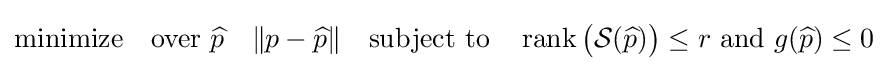
{\text{minimize}}\quad {\text{over }}{\widehat {p}}\quad \|p-{\widehat {p}}\|\quad {\text{subject to}}\quad \operatorname {rank} {\big (}{\mathcal {S}}({\widehat {p}}){\big )}\leq r{\text{ and }}g({\widehat {p}})\leq 0